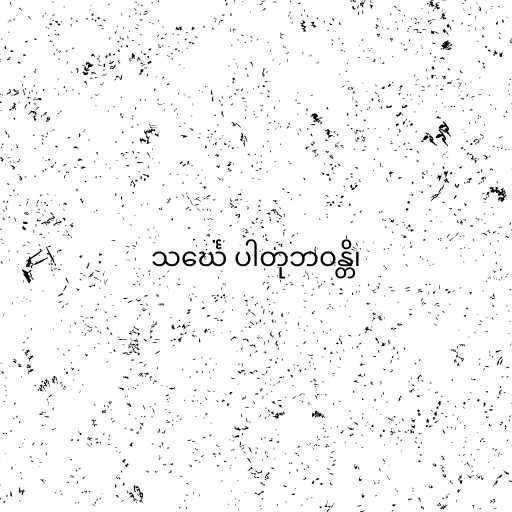
သင်္ဃေ ပါတုဘဝန္တိ၊